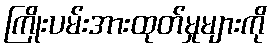
ကြိုးပမ်းအားထုတ်မှုများကို